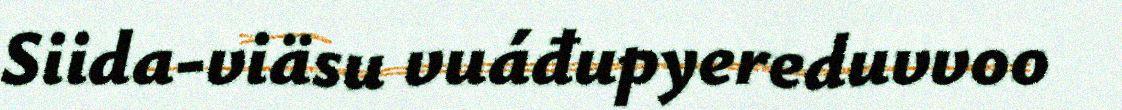
Siida-viäsu vuáđupyereduvvoo